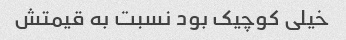
خیلی کوچیک بود نسبت به قیمتش